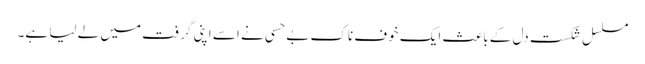
مسلسل شکست دل کے باعث ایک خوف ناک بے حسی نے اسے اپنی گرفت میں لے لیا ہے۔